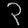
Digit: ၃